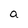
Character: a